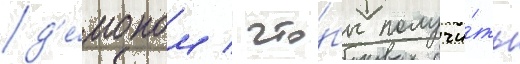
д'е́моном / что́бы получи́ть